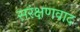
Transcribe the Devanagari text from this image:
सरंक्षणवाद